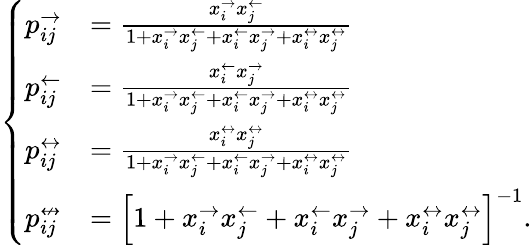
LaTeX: \left\{ \begin{array}{ll}{p_{ij}^{\rightarrow}}&{=\frac{x_{i}^{\rightarrow}x_{j}^{\leftarrow}}{1+x_{i}^{\rightarrow}x_{j}^{\leftarrow}+x_{i}^{\leftarrow}x_{j}^{\rightarrow}+x_{i}^{\leftrightarrow}x_{j}^{\leftrightarrow}}}\\ {p_{ij}^{\leftarrow}}&{=\frac{x_{i}^{\leftarrow}x_{j}^{\rightarrow}}{1+x_{i}^{\rightarrow}x_{j}^{\leftarrow}+x_{i}^{\leftarrow}x_{j}^{\rightarrow}+x_{i}^{\leftrightarrow}x_{j}^{\leftrightarrow}}}\\ {p_{ij}^{\leftrightarrow}}&{=\frac{x_{i}^{\leftrightarrow}x_{j}^{\leftrightarrow}}{1+x_{i}^{\rightarrow}x_{j}^{\leftarrow}+x_{i}^{\leftarrow}x_{j}^{\rightarrow}+x_{i}^{\leftrightarrow}x_{j}^{\leftrightarrow}}}\\ {p_{ij}^{\nleftrightarrow}}&{=\left[1+x_{i}^{\rightarrow}x_{j}^{\leftarrow}+x_{i}^{\leftarrow}x_{j}^{\rightarrow}+x_{i}^{\leftrightarrow}x_{j}^{\leftrightarrow}\right]^{-1}.}\end{array}\right.